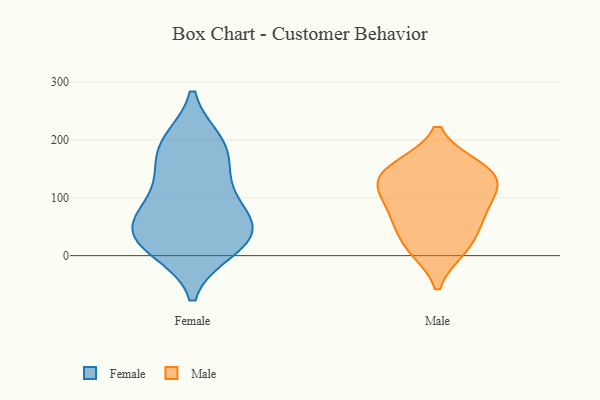
{"axis": {"x": "Market Share (%)", "y": "Value"}, "legend": ["Female", "Male"], "data": [{"x": "", "y": 11, "type": "Female"}, {"x": "", "y": 196, "type": "Female"}, {"x": "", "y": 86, "type": "Female"}, {"x": "", "y": 67, "type": "Female"}, {"x": "", "y": 43, "type": "Female"}, {"x": "", "y": 189, "type": "Female"}, {"x": "", "y": 10, "type": "Female"}, {"x": "", "y": 36, "type": "Female"}, {"x": "", "y": 34, "type": "Female"}, {"x": "", "y": 124, "type": "Female"}, {"x": "", "y": 57, "type": "Female"}, {"x": "", "y": 141, "type": "Female"}, {"x": "", "y": 188, "type": "Female"}, {"x": "", "y": 118, "type": "Male"}, {"x": "", "y": 153, "type": "Male"}, {"x": "", "y": 145, "type": "Male"}, {"x": "", "y": 80, "type": "Male"}, {"x": "", "y": 11, "type": "Male"}, {"x": "", "y": 109, "type": "Male"}, {"x": "", "y": 12, "type": "Male"}, {"x": "", "y": 55, "type": "Male"}, {"x": "", "y": 59, "type": "Male"}, {"x": "", "y": 123, "type": "Male"}, {"x": "", "y": 153, "type": "Male"}]}